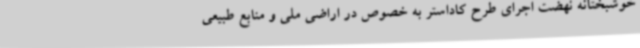
خوشبختانه نهضت اجرای طرح کاداستر به خصوص در اراضی ملی و منابع طبیعی